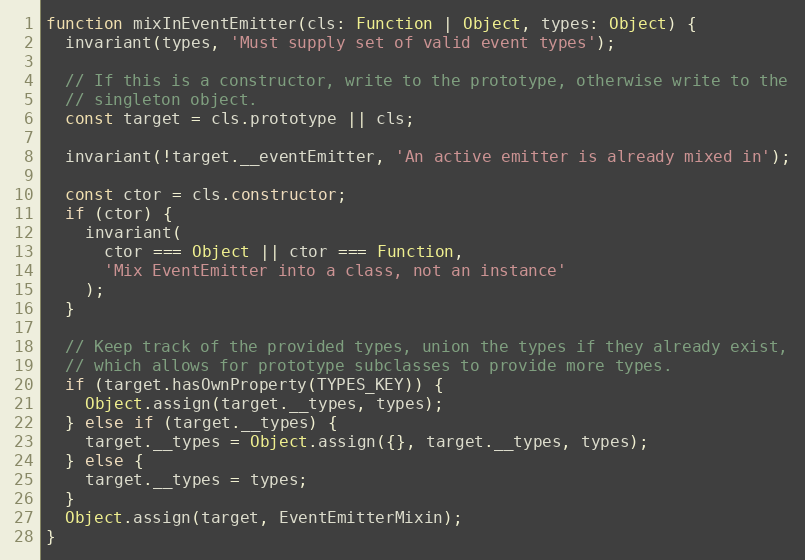
Language: JavaScript
function mixInEventEmitter(cls: Function | Object, types: Object) {
  invariant(types, 'Must supply set of valid event types');

  // If this is a constructor, write to the prototype, otherwise write to the
  // singleton object.
  const target = cls.prototype || cls;

  invariant(!target.__eventEmitter, 'An active emitter is already mixed in');

  const ctor = cls.constructor;
  if (ctor) {
    invariant(
      ctor === Object || ctor === Function,
      'Mix EventEmitter into a class, not an instance'
    );
  }

  // Keep track of the provided types, union the types if they already exist,
  // which allows for prototype subclasses to provide more types.
  if (target.hasOwnProperty(TYPES_KEY)) {
    Object.assign(target.__types, types);
  } else if (target.__types) {
    target.__types = Object.assign({}, target.__types, types);
  } else {
    target.__types = types;
  }
  Object.assign(target, EventEmitterMixin);
}